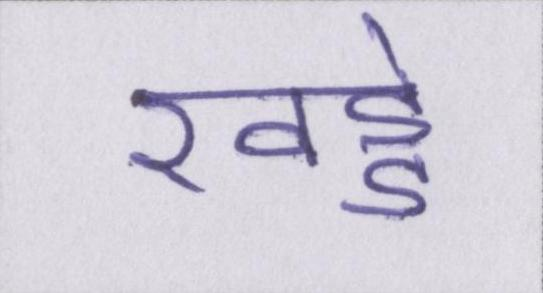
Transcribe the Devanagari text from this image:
खड्डे